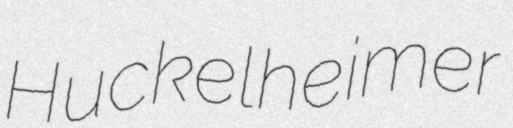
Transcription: Huckelheimer